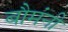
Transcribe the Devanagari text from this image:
बौमंनी